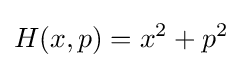
H(x,p)=x^{2}+p^{2}